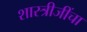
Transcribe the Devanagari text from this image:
शास्त्रीजींचा